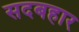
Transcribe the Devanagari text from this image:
सदबहार